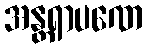
အန္တရာပဏေ